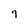
Character: 7